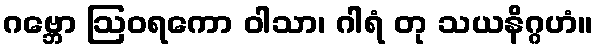
ဂဗ္ဘော ဩဝရကော ဝါသာ၊ ဂါရံ တု သယနိဂ္ဂဟံ။